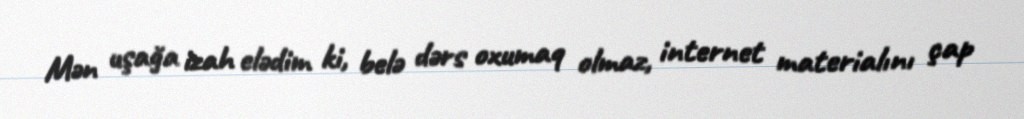
Mən uşağa izah elədim ki, belə dərs oxumaq olmaz, internet materialını çap